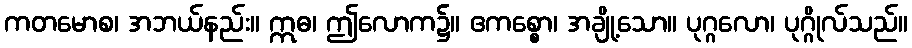
ကတမောစ၊ အဘယ်နည်း။ ဣဓ၊ ဤလောက၌။ ဧကစ္စော၊ အချို့သော။ ပုဂ္ဂလော၊ ပုဂ္ဂိုလ်သည်။